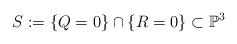
LaTeX: \begin{align*} S := \{ Q = 0 \} \cap \{ R = 0 \} \subset \mathbb P^3\end{align*}